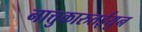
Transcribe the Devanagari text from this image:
नात्तुकारुतईयुन